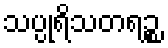
သပ္ပုရိသတရဉ္စ